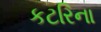
કટરિના